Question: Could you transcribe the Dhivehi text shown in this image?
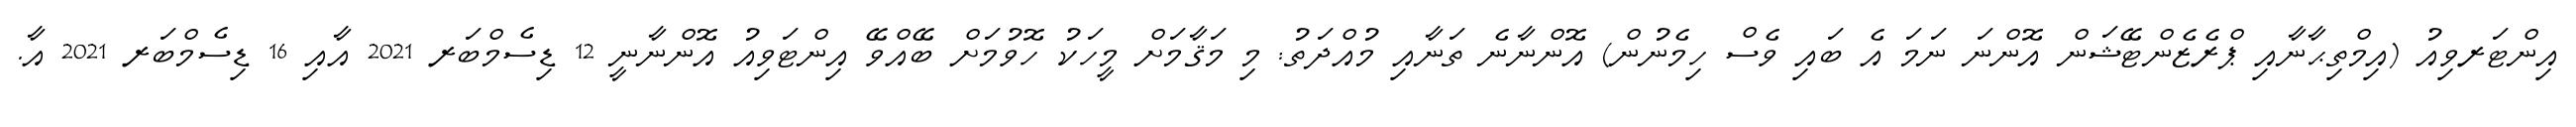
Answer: އިންޓަރވިއު (އިމްތިޙާނާއި ޕްރެޒެންޓޭޝަން އޮންނަ ނަމަ އެ ބައި ވެސް ހިމެނުން) އޮންނާނެ ތަނާއި މުއްދަތު: މި މަޤާމަށް މީހަކު ހޮވުމަށް ބޭއްވޭ އިންޓަވިއު އޮންނާނީ 12 ޑިސެމްބަރ 2021 އާއި 16 ޑިސެމްބަރ 2021 އާ.